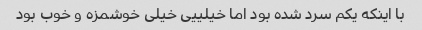
با اینکه یکم سرد شده بود اما خیلییی خیلی خوشمزه و خوب بود